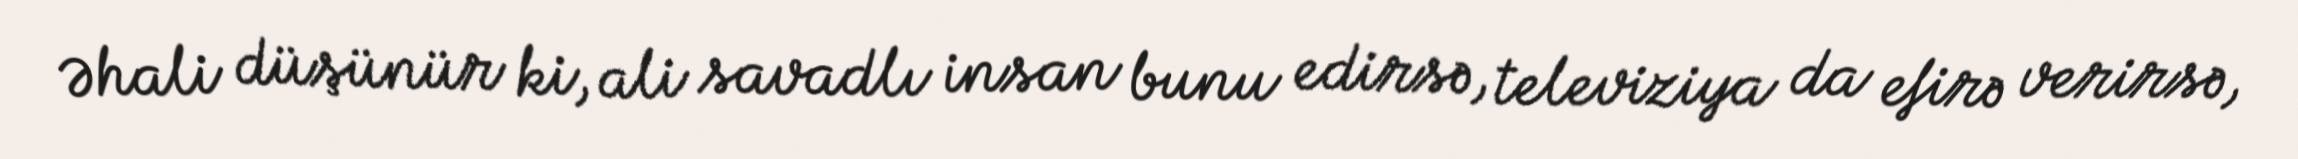
Əhali düşünür ki, ali savadlı insan bunu edirsə, televiziya da efirə verirsə,